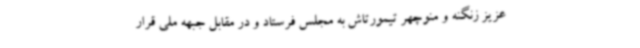
عزیز زنگنه و منوچهر تیمورتاش به مجلس فرستاد و در مقابل جبهه ملی قرار